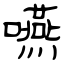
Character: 嚥